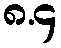
၈.၄